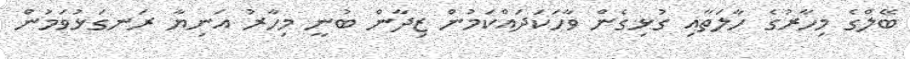
ބޭލްގެ މިހާރުގެ ހާލަތާއި ގުޅިގެން ވާހަކަދައްކަމުން ޒިދާން ބުނީ މިހާރު އަނިޔާ ރަނގަޅުވަމުން